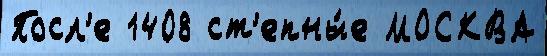
Посл'е 1408 ст'епны́е МОСКВА